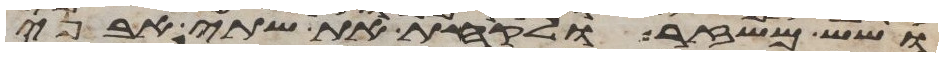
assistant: ושש משזר ולקחת את שתי אבני